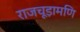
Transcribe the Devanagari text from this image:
राजचूड़ामणि